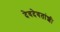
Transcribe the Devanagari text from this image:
देवदेवतांशी